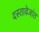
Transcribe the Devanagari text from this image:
दस्तावेजांत